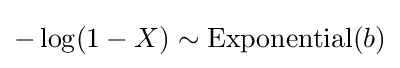
-\log(1-X)\sim {\textrm {Exponential}}(b)